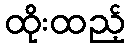
ထိုးထည့်